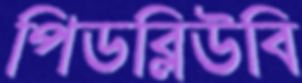
পিডব্লিউবি